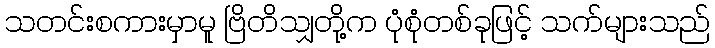
သတင်းစကားမှာမူ ဗြိတိသျှတို့က ပုံစုံတစ်ခုဖြင့် သက်များသည်